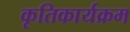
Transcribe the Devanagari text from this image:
कृतिकार्यक्रम